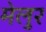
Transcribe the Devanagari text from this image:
मेलुर